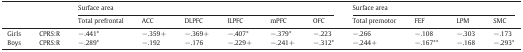
<table><thead><tr><td></td><td></td><td colspan="6"><b>Surface area</b></td><td colspan="4"><b>Surface area</b></td></tr><tr><td></td><td></td><td><b>Total prefrontal</b></td><td><b>ACC</b></td><td><b>DLPFC</b></td><td><b>ILPFC</b></td><td><b>mPFC</b></td><td><b>OFC</b></td><td><b>Total premotor</b></td><td><b>FEF</b></td><td><b>LPM</b></td><td><b>SMC</b></td></tr></thead><tbody><tr><td>Girls</td><td>CPRS:R</td><td>−.441*</td><td>−.359+</td><td>−.369+</td><td>−.407*</td><td>−.379*</td><td>−.223</td><td>−.266</td><td>−.108</td><td>−.303</td><td>−.173</td></tr><tr><td>Boys</td><td>CPRS:R</td><td>−.289*</td><td>−.192</td><td>−.176</td><td>−.229+</td><td>−.241+</td><td>−.312*</td><td>−.244+</td><td>−.167**</td><td>−.168</td><td>−.293*</td></tr></tbody></table>